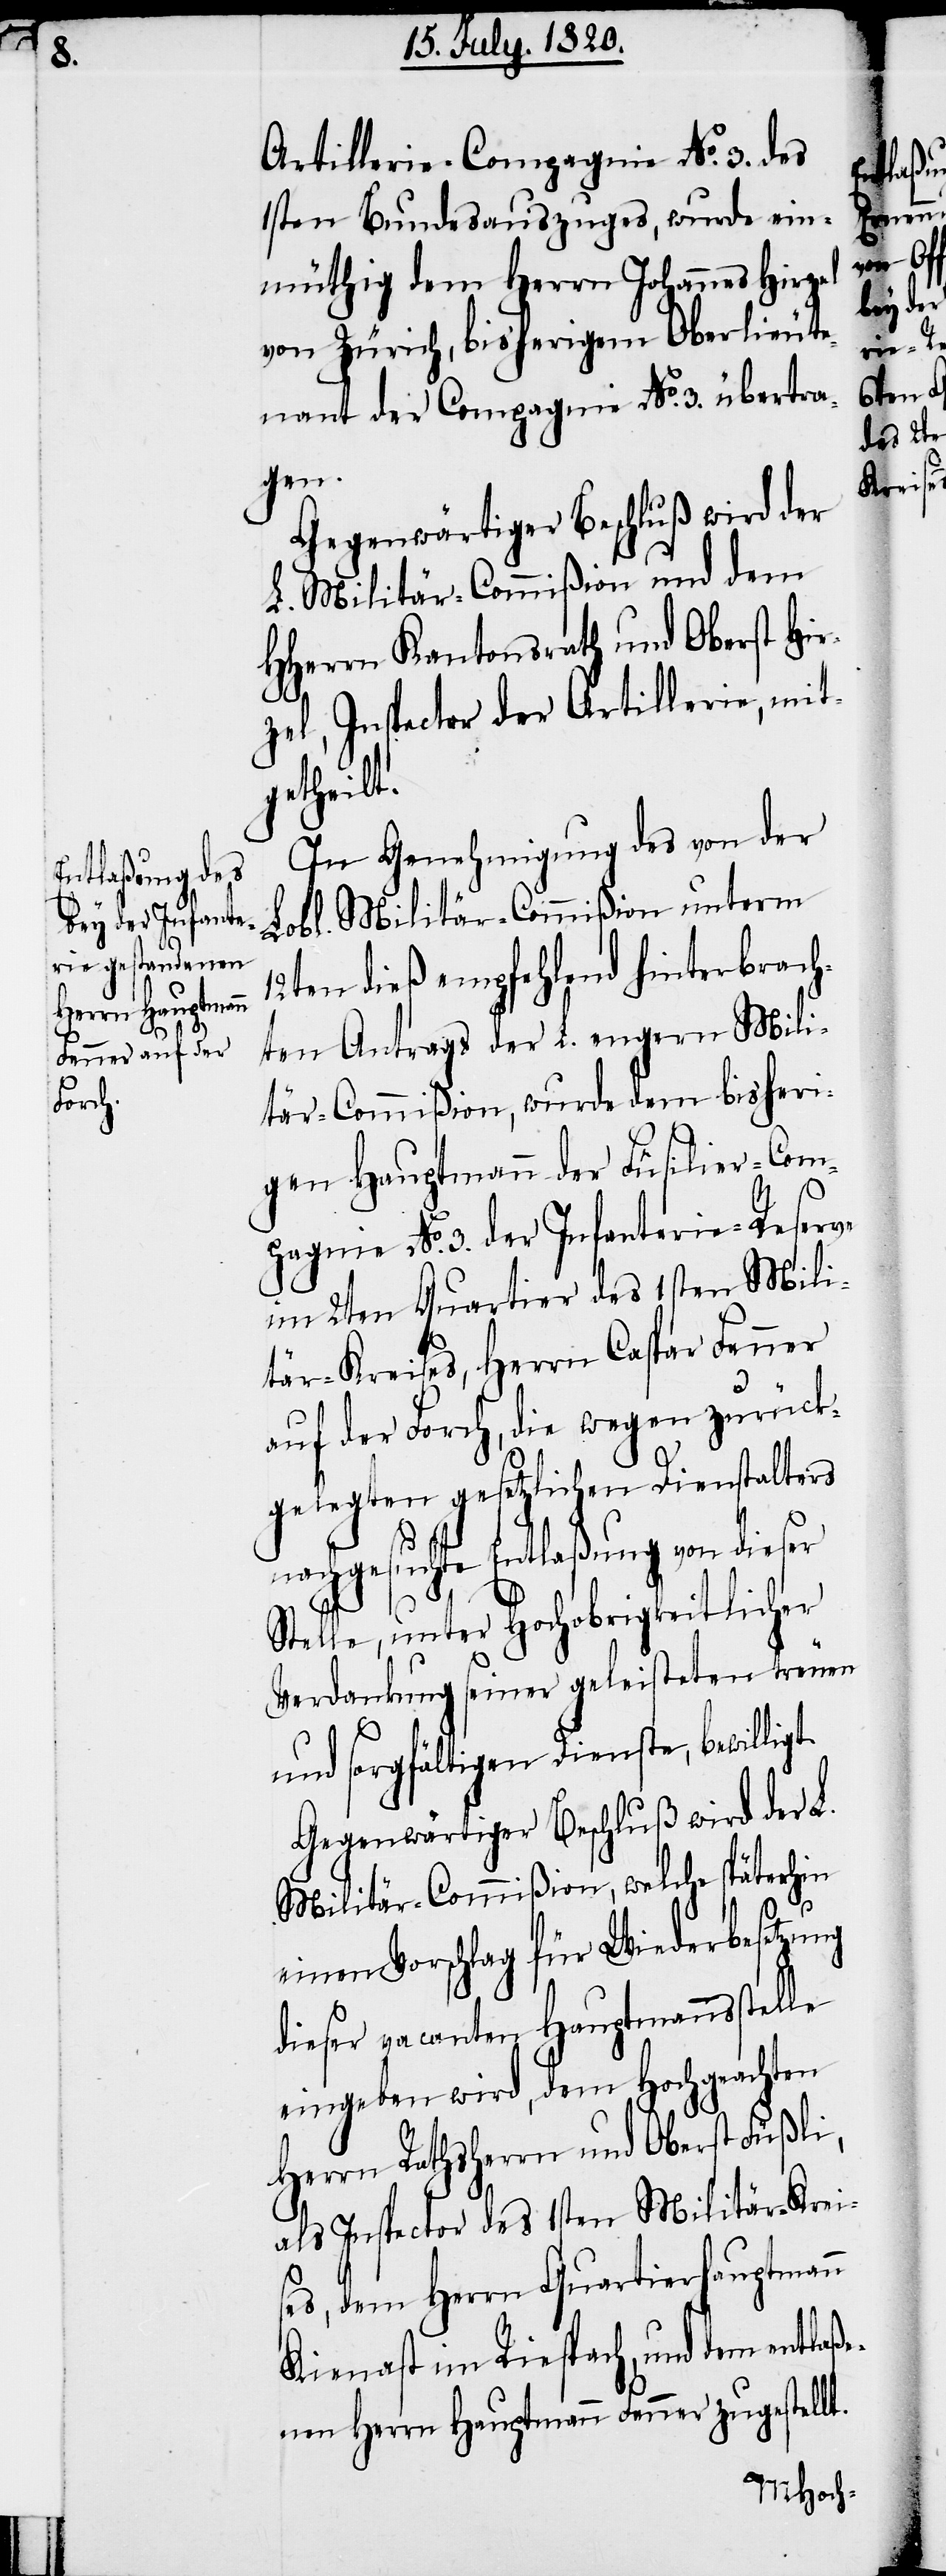
Artillerie-Compagnie No. 3. des
1sten Bundesauszuges, wurde ein¬
müthig dem Herrn Johannes Hirzel
von Zürich, bisherigem Oberlieute¬
nant der Compagnie No. 3. übertra¬
gen.
Gegenwärtiger Beschluß wird der
L. Militär-Commißion und dem
HHerrn Kantonsrath und Oberst Hir¬
zel, Inspector der Artillerie, mit¬
getheilt.
In Genehmigung des von der
Lobl. Militär-Commißion unterm
12ten dieß empfehlend hinterbrach¬
ten Antrags der L. engern Mili¬
tär-Commißion, wurde dem bisheri¬
gen Hauptmann der Füsilier-Com¬
pagnie No. 3. der Infanterie-Reserve
im 2ten Quartier des 1sten Mili¬
tär-Kreises, Herrn Caspar Fenner
auf der Forch, die wegen zurück¬
gelegten gesetzlichen Dienstalters
nachgesuchte Entlaßung von dieser
Stelle, unter Hochobrigkeitlicher
Verdankung seiner geleisteten treuen
und sorgfältigen Dienste, bewillig¬
Gegenwärtiger Beschluß wird der L.
Militär-Commißion, welche späterhin
einen Vorschlag für Wiederbesetzung
dieser vacanten Hauptmannsstelle
eingeben wird, dem Hochgeachten
Herrn Rathsherrn und Oberst Füßli,
als Inspector des 1sten Militär-Krei¬
ses, dem Herrn Quartierhauptmann
Kienast im Riespach, und dem entlaße¬
nen Herrn Hauptmann Fenner zugestellt.
t.